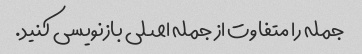
جمله را متفاوت از جمله اصلی بازنویسی کنید.